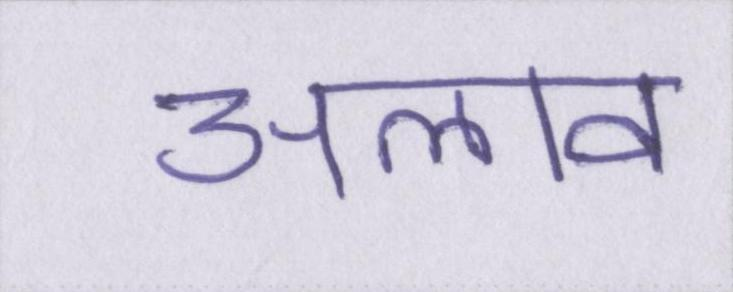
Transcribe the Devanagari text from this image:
अलाव